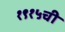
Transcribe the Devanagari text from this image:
१९१५ची